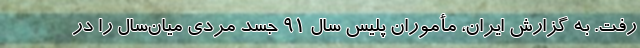
رفت. به گزارش ایران، مأموران پلیس سال ۹۱ جسد مردی میان‌سال را در